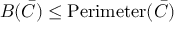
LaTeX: B ( { \bar { C } } ) \leq \operatorname { P e r i m e t e r } ( { \bar { C } } )